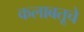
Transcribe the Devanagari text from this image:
कलाबतूचे